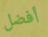
أفضل